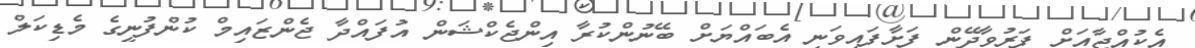
އެކުއްޖާއަށް ފަރުވާދޭން ފަށާފައިވަނީ އެބައްޔަށް ބޭނުންކުރާ އިންޖެކްޝަން އުފައްދާ ޖެންޒައިމް ކުންފުނީގެ މެޑިކަލް